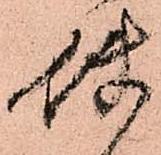
使